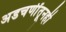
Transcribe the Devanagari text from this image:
अडचणींतूनही